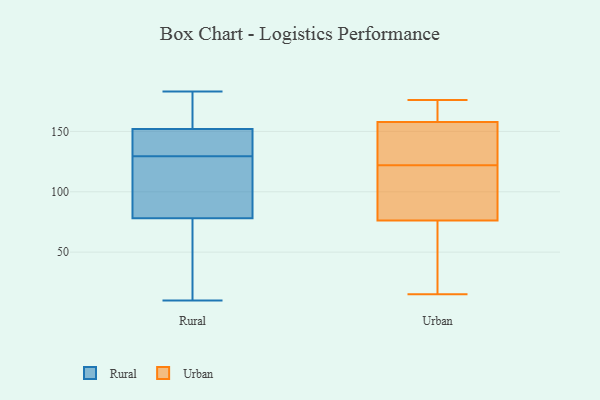
{"axis": {"x": "Inventory Turnover", "y": "Value"}, "legend": ["Rural", "Urban"], "data": [{"x": "", "y": 142, "type": "Rural"}, {"x": "", "y": 124, "type": "Rural"}, {"x": "", "y": 152, "type": "Rural"}, {"x": "", "y": 158, "type": "Rural"}, {"x": "", "y": 159, "type": "Rural"}, {"x": "", "y": 10, "type": "Rural"}, {"x": "", "y": 46, "type": "Rural"}, {"x": "", "y": 78, "type": "Rural"}, {"x": "", "y": 79, "type": "Rural"}, {"x": "", "y": 135, "type": "Rural"}, {"x": "", "y": 183, "type": "Rural"}, {"x": "", "y": 152, "type": "Rural"}, {"x": "", "y": 141, "type": "Rural"}, {"x": "", "y": 115, "type": "Rural"}, {"x": "", "y": 85, "type": "Rural"}, {"x": "", "y": 158, "type": "Rural"}, {"x": "", "y": 60, "type": "Rural"}, {"x": "", "y": 21, "type": "Rural"}, {"x": "", "y": 58, "type": "Urban"}, {"x": "", "y": 160, "type": "Urban"}, {"x": "", "y": 151, "type": "Urban"}, {"x": "", "y": 131, "type": "Urban"}, {"x": "", "y": 77, "type": "Urban"}, {"x": "", "y": 76, "type": "Urban"}, {"x": "", "y": 122, "type": "Urban"}, {"x": "", "y": 121, "type": "Urban"}, {"x": "", "y": 160, "type": "Urban"}, {"x": "", "y": 176, "type": "Urban"}, {"x": "", "y": 15, "type": "Urban"}]}